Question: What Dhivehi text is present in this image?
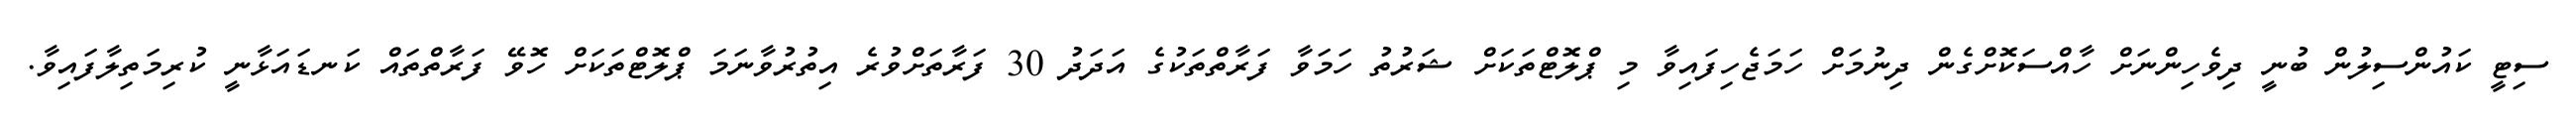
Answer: ސިޓީ ކައުންސިލުން ބުނީ ދިވެހިންނަށް ހާއްސަކޮށްގެން ދިނުމަށް ހަމަޖެހިފައިވާ މި ޕްލޮޓްތަކަށް ޝަރުތު ހަމަވާ ފަރާތްތަކުގެ އަދަދު 30 ފަރާތަށްވުރެ އިތުރުވާނަމަ ޕްލޮޓްތަކަށް ހޮވޭ ފަރާތްތައް ކަނޑައަޅާނީ ކުރިމަތިލާފައިވާ.